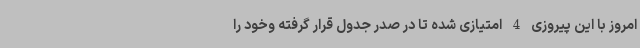
امروز با این پیروزی 4 امتیازی شده تا در صدر جدول قرار گرفته وخود را